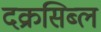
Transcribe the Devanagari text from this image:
दक्रसिब्ल